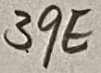
Text: 39E